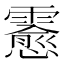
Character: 𲊊